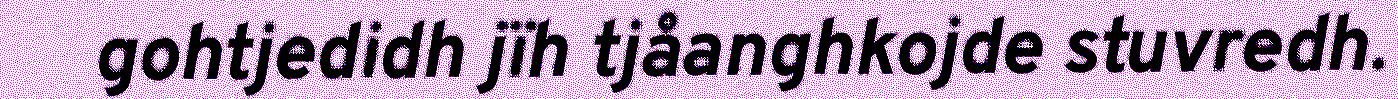
gohtjedidh jïh tjåanghkojde stuvredh.